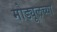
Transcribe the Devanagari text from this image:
मोड्यूलच्या